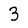
Character: 3